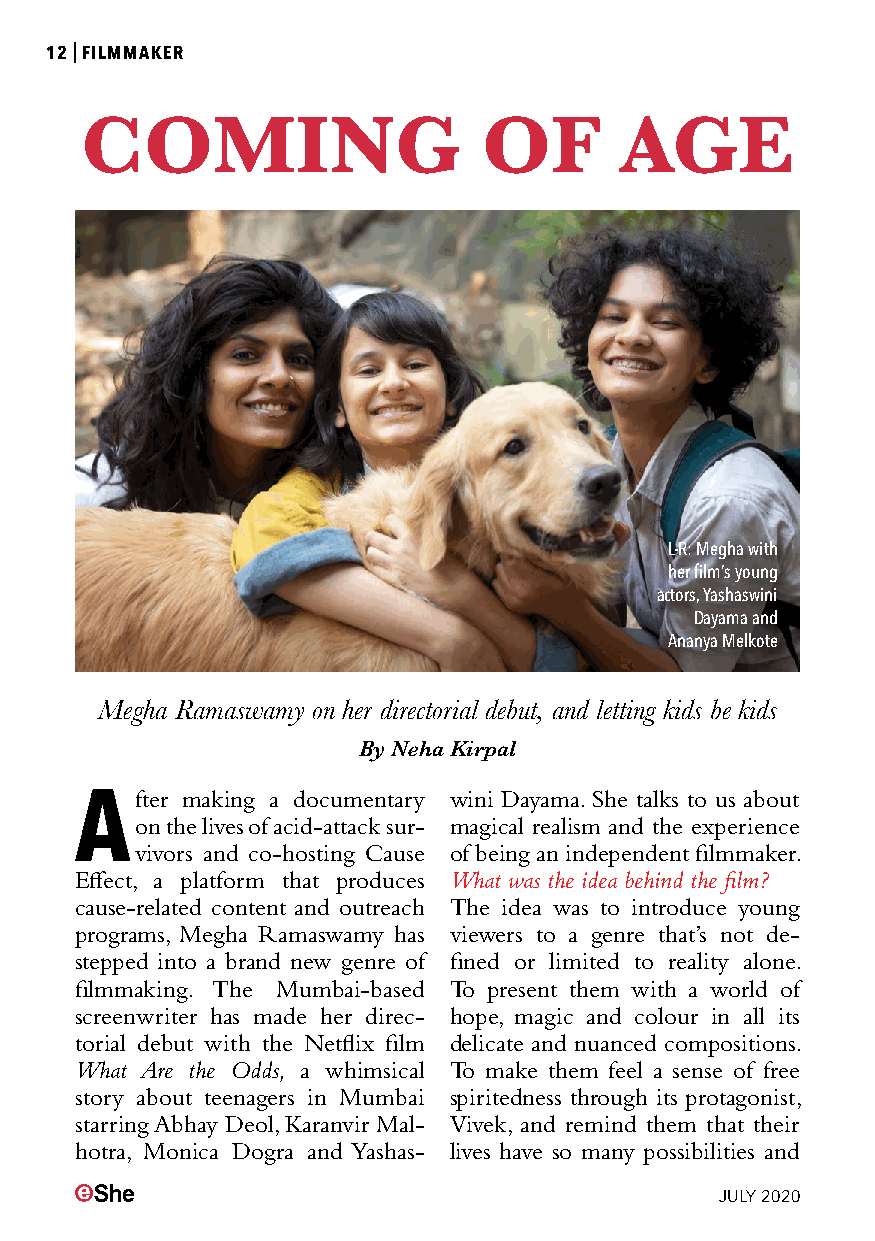
12|FILMMAKER
 COMING                     OF       AGE
 L-R: Megha with
 her film’s young
 actors, Yashaswini
 Dayama and
 Ananya Melkote
 Megha Ramaswamy on her directorial debut, and letting kids be kids
 By Neha Kirpal
 After  making a documentary wini Dayama. She talks to us about
 on the lives of acid-attack sur- magical realism and the experience
 vivors and co-hosting Cause of being an independent filmmaker.
 Effect, a platform that produces What was the idea behind the film?
 cause-related content and outreach The idea was to introduce young
 programs, Megha Ramaswamy has viewers to a genre that’s not de-
 stepped into a brand new genre of fined or limited to reality alone.
 filmmaking. The Mumbai-based To present them with a world of
 screenwriter has made her direc- hope, magic and colour in all its
 torial debut with the Netflix film delicate and nuanced compositions.
 What Are the Odds, a whimsical To make them feel a sense of free
 story about teenagers in Mumbai spiritedness through its protagonist,
 starring Abhay Deol, Karanvir Mal- Vivek, and remind them that their
 hotra, Monica Dogra and Yashas- lives have so many possibilities and
 JULY 2020